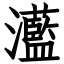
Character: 灆